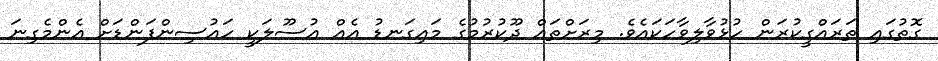
ގޮތުގައި ތަރައްގީކުރަން ހުޅުވާލިވާހަކައެވެ. މިރަށްތައް ދޫކުރުމުގެ މައިގަނޑު އެއް އުސޫލަކީ ހައުސިންފަންޑަށް އެންމެގިނަ